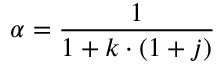
\alpha = { \frac { 1 } { 1 + k \cdot ( 1 + j ) } } \,